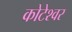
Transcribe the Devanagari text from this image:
कोटेश्‍वर